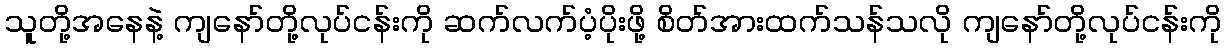
သူတို့အနေနဲ့ ကျနော်တို့လုပ်ငန်းကို ဆက်လက်ပံ့ပိုးဖို့ စိတ်အားထက်သန်သလို ကျနော်တို့လုပ်ငန်းကို